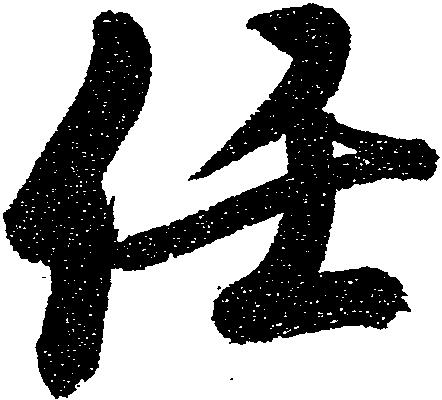
任